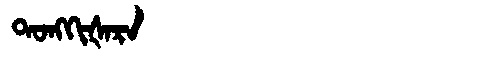
Manchu: ᡨᠣᠩᡴᡳᡧᠠᡵᠠ
Romanization: TONGKIŠARA